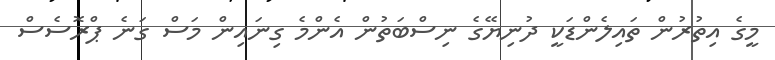
މީގެ އިތުރުން ތައިލެންޑަކީ ދުނިޔޭގެ ނިސްބަތުން އެންމެ ގިނައިން މަސް ގަނެ ޕްރޮސެސް